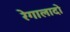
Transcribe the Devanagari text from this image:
रेगालादो